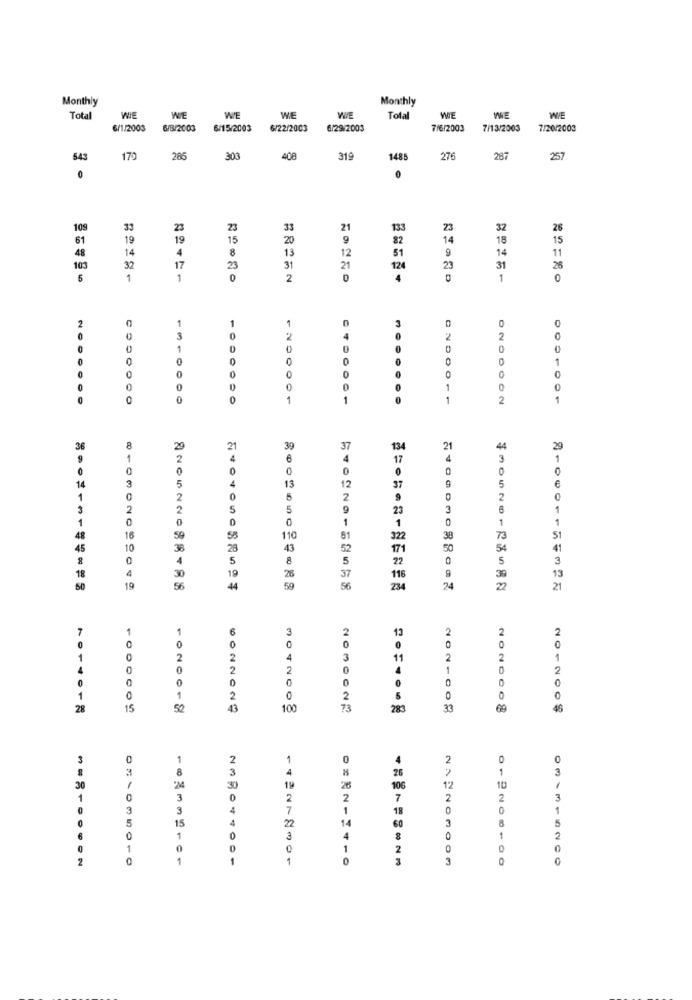
Monthly
Monthly
Total
WIE
WIE
WE
WE
Total
WIE
WIE
WIE
6/1/200$
6/8/2003
6/15/2003
6/22/2003
6/29/2003
7/6/2003
7/13/2003
7/20/2003
543
172
285
303
408
319
1485
276
287
257
0
109
33
23
23
33
21
13
23
32
26
61
19
19
15
20
9
82
14
18
15
48
14
8
13
12
51
14
11
103
32
17
23
31
21
124
23
31
26
6
1
1
2
4
1
0
1
n
0
2
3
0
4
2
1
0
0
0
0
0
0
0
0
0
0
0
0
0
0
01
1
0200011
2
1
36
2
21
39
37
134
21
44
2
1
2
4
6
4
17
3
1
0
0
0
0
0
0
4
13
12
5
€
14
3
5
37
1
2
0
2
9
2
0
3
2
5
5
9
23
6
1
1
0
0
1
1
1
1
48
16
59
110
51
322
38
73
51
45
10
28
43
52
171
50
54
41
0
4
5
8
5
22
5
3
18
4
30
13
26
37
116
10
44
56
234
24
21
1
1
6
3
2
13
2
2
2
0
0
0
0
0
2
2
3
11
2
2
1
4
0
0
2
2
0
4
0
2
0
0
0
0
0
0
0
0
1
2
0
2
28
15
43
100
73
283
33
69
46
3
1
2
0
4
2
3
8
3
26
NA
1
3
30
19
26
106
12
10
1
3
2
2
7
2
2
3
0
3
4
7
1
18
0
1
5
15
4
22
14
60
5
6
0
1
3
4
0
1
2
01403501
0
0
1
2
0
0
0
2
1
1
1
3
3